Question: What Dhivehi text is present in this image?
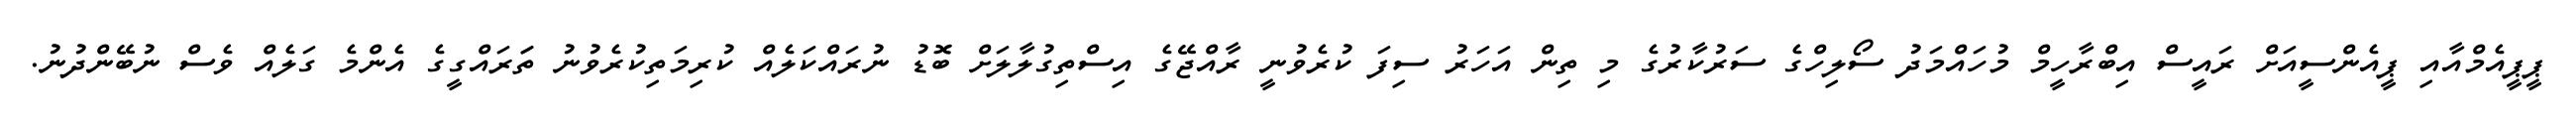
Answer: ޕީޕީއެމްއާއި ޕީއެންސީއަށް ރައީސް އިބްރާހީމް މުހައްމަދު ސޯލިހްގެ ސަރުކާރުގެ މި ތިން އަހަރު ސިފަ ކުރެވުނީ ރާއްޖޭގެ އިސްތިގުލާލަށް ބޮޑު ނުރައްކަލެއް ކުރިމަތިކުރެވުނު ތަަރައްގީގެ އެންމެ ގަލެއް ވެސް ނުބޭންދުނު.